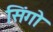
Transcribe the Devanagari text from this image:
सिंगो